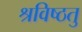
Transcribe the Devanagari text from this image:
श्रविष्ठतु